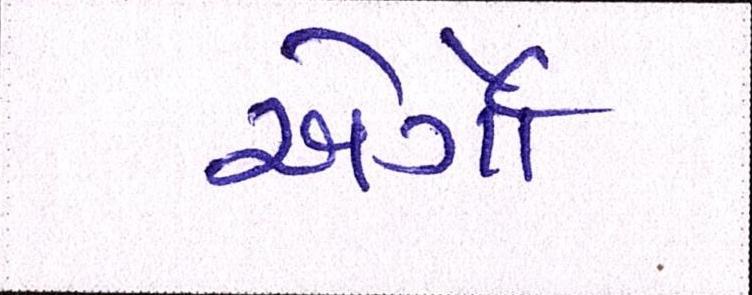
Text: એર્ગો